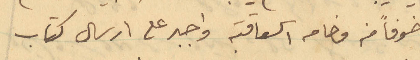
خوفاً من وخامه العاقبه واجبر على ارسال كتاب